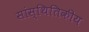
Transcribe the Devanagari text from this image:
सांस्थितिकीय